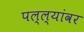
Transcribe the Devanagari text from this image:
पल्ल्यांवर